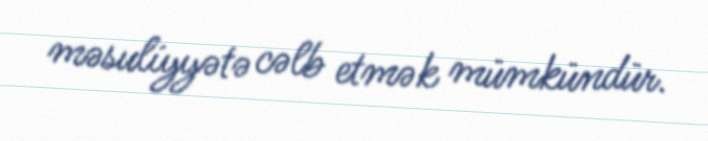
məsuliyyətə cəlb etmək mümkündür.